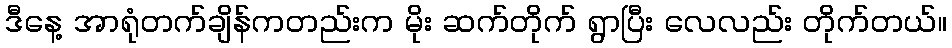
ဒီနေ့ အာရုံတက်ချိန်ကတည်းက မိုး ဆက်တိုက် ရွာပြီး လေလည်း တိုက်တယ်။